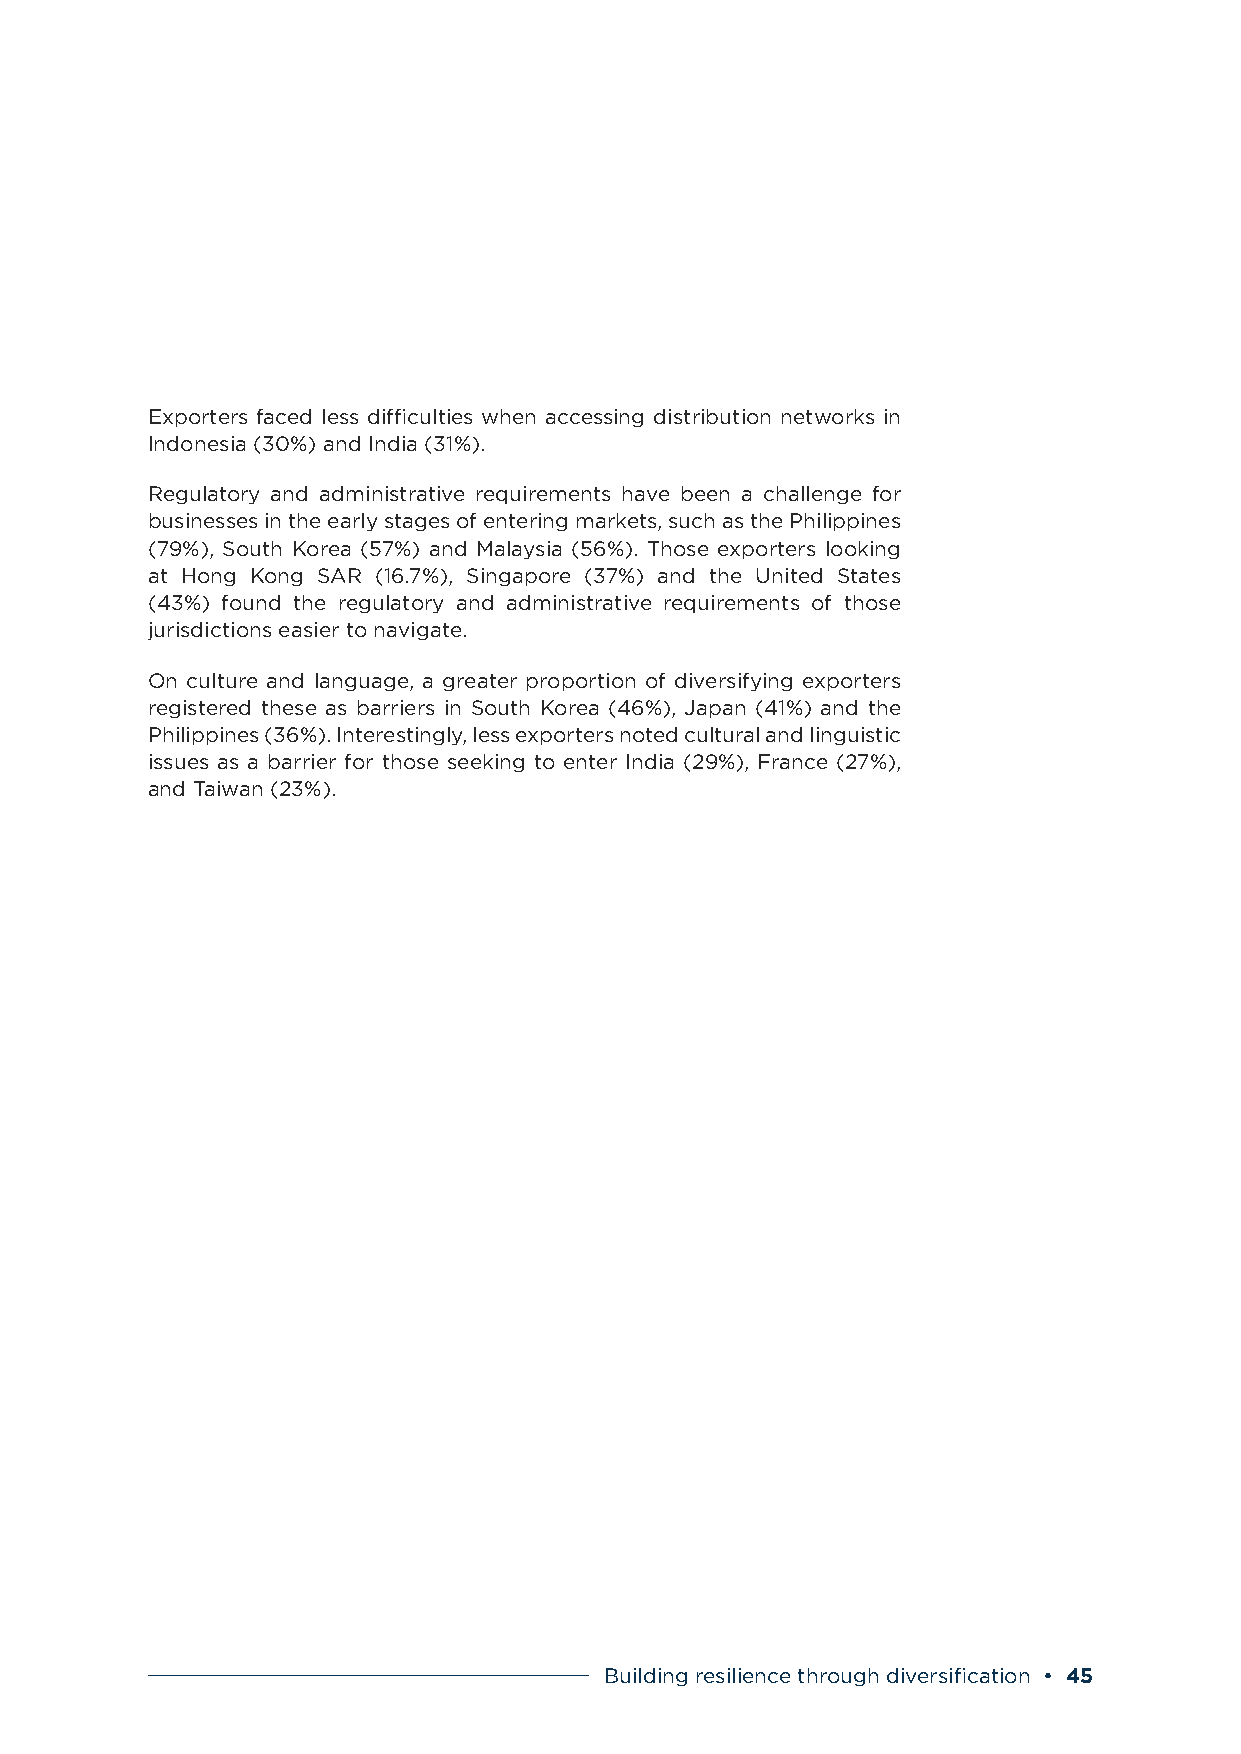
Exporters faced less difficulties when accessing distribution networks in
 Indonesia (30%) and India (31%).
 Regulatory and administrative requirements have been a challenge for
 businesses in the early stages of entering markets, such as the Philippines
 (79%), South Korea (57%) and Malaysia (56%). Those exporters looking
 at Hong Kong SAR (16.7%), Singapore (37%) and the United States
 (43%) found the regulatory and administrative requirements of those
 jurisdictions easier to navigate.
 On culture and language, a greater proportion of diversifying exporters
 registered these as barriers in South Korea (46%), Japan (41%) and the
 Philippines (36%). Interestingly, less exporters noted cultural and linguistic
 issues as a barrier for those seeking to enter India (29%), France (27%),
 and Taiwan (23%).
 Building resilience through diversification • 45